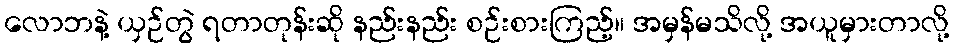
လောဘနဲ့ ယှဉ်တွဲ ရတာတုန်းဆို နည်းနည်း စဉ်းစားကြည့်။ အမှန်မသိလို့ အယူမှားတာလို့